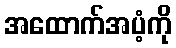
အထောက်အပံ့ကို